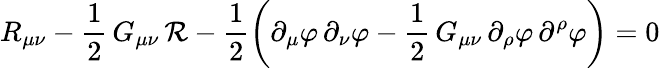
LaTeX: R_{\mu\nu}-\frac{1}{2}\, G_{\mu\nu}\, {\cal R}-\frac{1}{2}\left(\partial_{\mu}\varphi\, \partial_{\nu}\varphi-\frac{1}{2}\, G_{\mu\nu}\, \partial_{\rho}\varphi\, \partial^{\rho}\varphi\right)=0